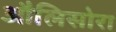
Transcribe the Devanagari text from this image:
औलिसोरा